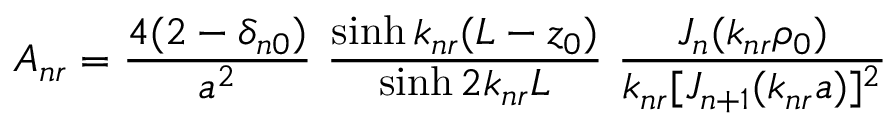
A _ { n r } = { \frac { 4 ( 2 - \delta _ { n 0 } ) } { a ^ { 2 } } } \, \, { \frac { \sinh k _ { n r } ( L - z _ { 0 } ) } { \sinh 2 k _ { n r } L } } \, \, { \frac { J _ { n } ( k _ { n r } \rho _ { 0 } ) } { k _ { n r } [ J _ { n + 1 } ( k _ { n r } a ) ] ^ { 2 } } }